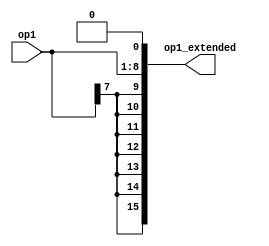
module Sign_Extend_Shift_Left_2 (op1, op1_extended);
	
	input [7:0] op1;
	output signed [15:0] op1_extended;
	
	
	 assign op1_extended = ($signed(op1)) << 1;
	
endmodule